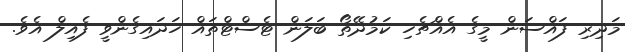
މަދިރި ފައްސަން މީގެ އެއްޗެހި ކަމުދޭތޯ ބަލަން ޓެސްޓްތައް ހަދައިގެންވީ ފެއިލް އެވެ.